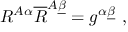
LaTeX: R ^ { A \alpha } \overline { { R } } ^ { A \underline { { \beta } } } = g ^ { \alpha \underline { { \beta } } } \ ,